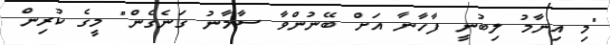
"މި އިނާމު ލިބުނީ ފާހާނާ އަށް ބޭނުންވާ ސާމާނު ގަނެގެން" މީގެ ކުރިން